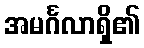
အမင်္ဂလာရှိ၏